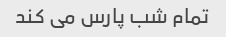
تمام شب پارس می کند